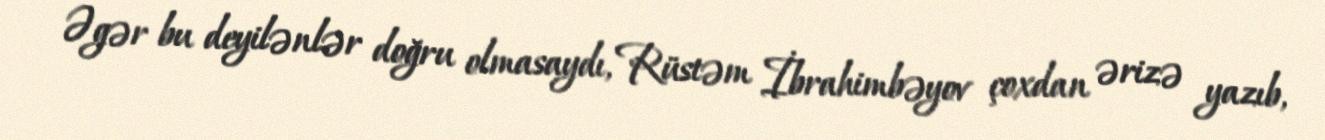
Əgər bu deyilənlər doğru olmasaydı, Rüstəm İbrahimbəyov çoxdan ərizə yazıb,